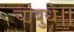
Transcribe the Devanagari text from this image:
चांबुधे।।